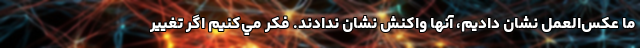
ما عکس‌العمل نشان داديم، آنها واکنش نشان ندادند. فکر مي‌کنيم اگر تغيير